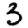
Digit: 3